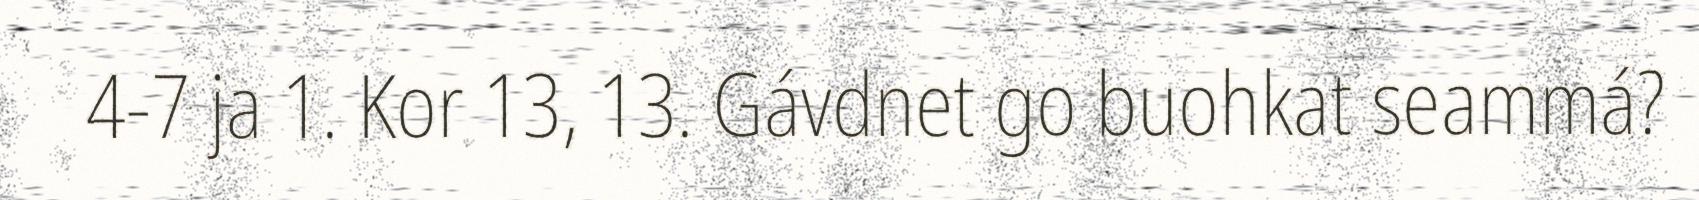
4-7 ja 1. Kor 13, 13. Gávdnet go buohkat seammá?